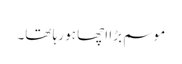
موسم بڑا اچھا ہو رہا تھا۔